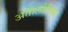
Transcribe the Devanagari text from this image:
अंतालोगिया